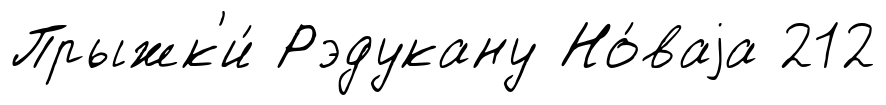
Прыжк'и́ Рэдукану Но́ваjа 212